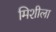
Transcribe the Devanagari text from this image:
मिशीला